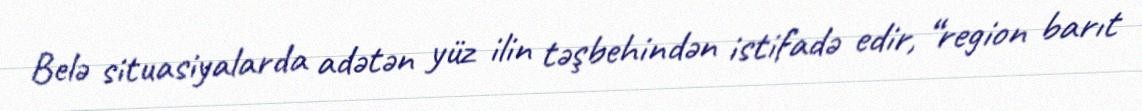
Belə situasiyalarda adətən yüz ilin təşbehindən istifadə edir, “region barıt